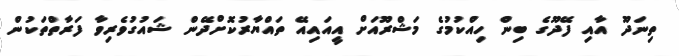
ތިނަދޫ އާއި ފޭދޫގެ ބިން ހިއްކުމުގެ މަޝްރޫއަށް އީއައިއޭ ތައްޔާރުކޮށްދޭން ޝައުގުވެރިވާ ފަރާތްތަކުން